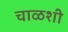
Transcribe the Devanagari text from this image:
चाळशी